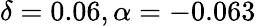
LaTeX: \delta=0.06,\alpha=-0.063